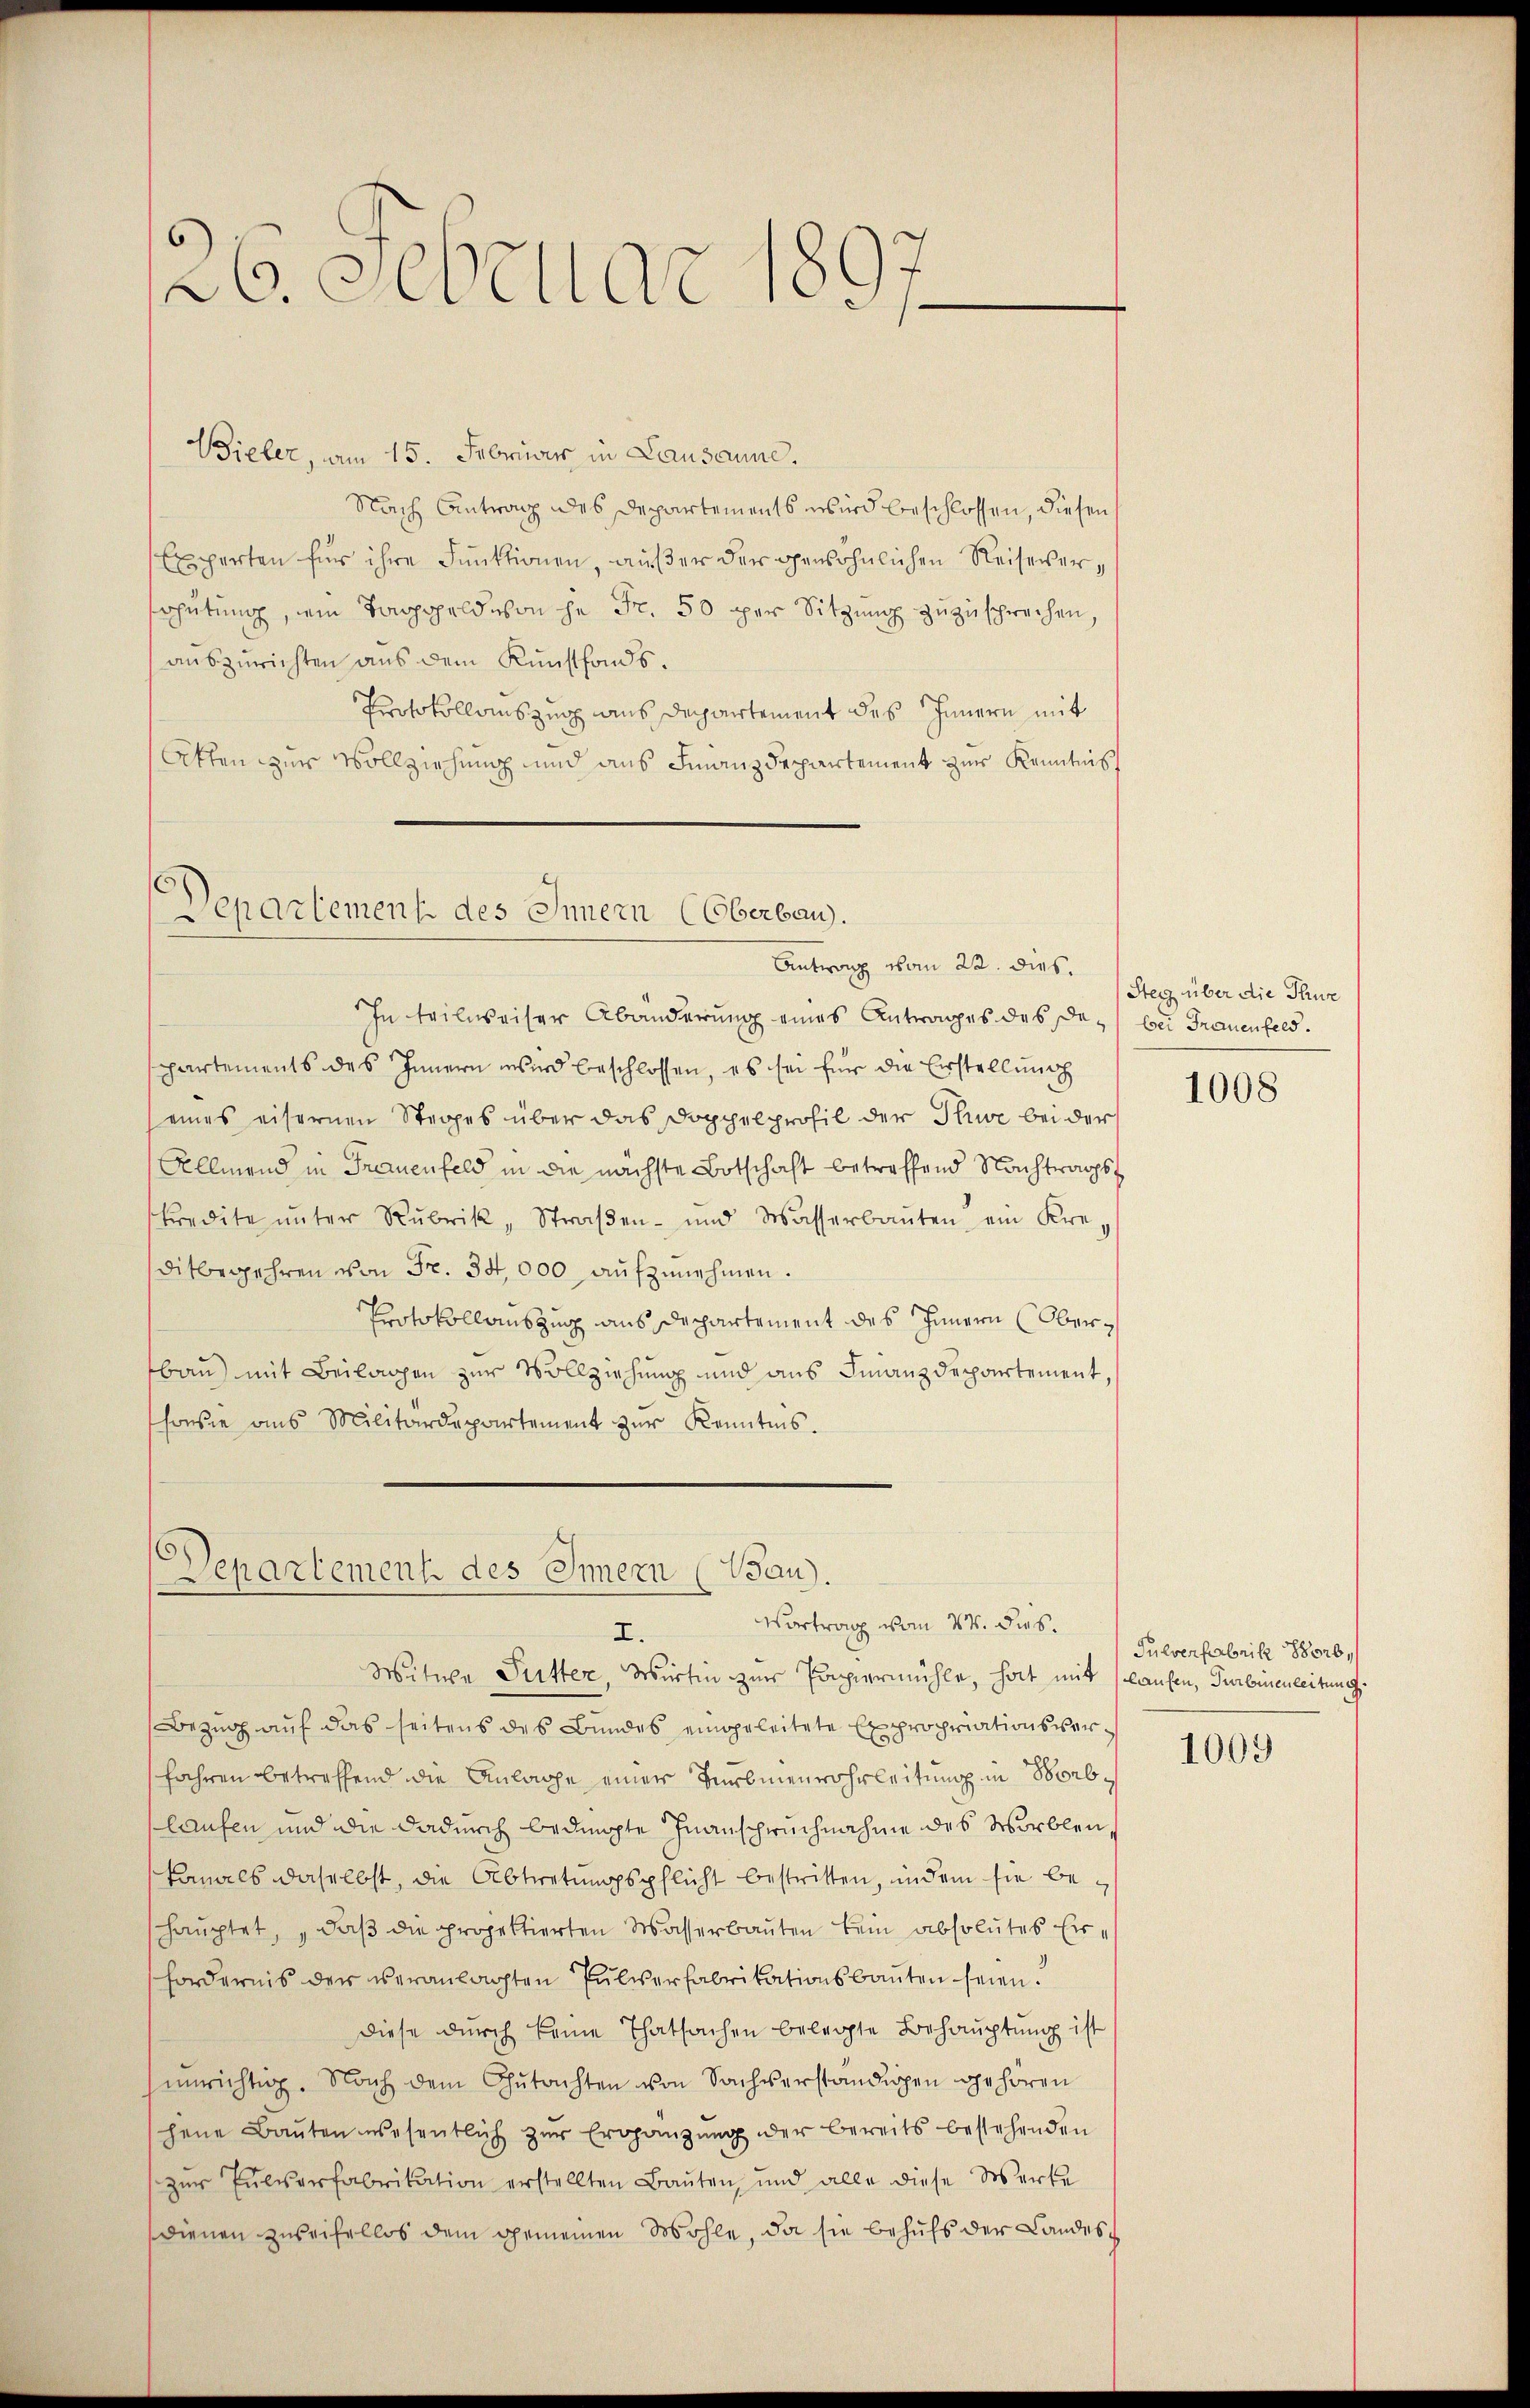
Bieler, vom 15. Februar in Lausanne.
Nach Antrag des Departements wird beschlossen, diesen
Experten für ihre Funktionen, außer der gewöhnlichen Reiseversohütung, ein Toppeld von he Fr. 50 per Sitzung zuzuschrechen,
auszurichten aus dem Kunstfonds.
Erotokollauszug aus Departement des Innern mit
Atten zur Vollziehung und aus Finanzdepartement zur Kenntnis

26. Sebellar

Departement des Innern (Oberbau.
Antwort vom 22. dies.

In teilweiser Abänderung eines Antrages des de bei Frauenfeld.
partements des Innern wird beschlossen, es sei für die Erstellung
eines eisernen Steges über das Doppelprofil der Thwe bei der
Allmend in Frauenfeld in die nächste Botschaft betreffend Nachtrags
tredite ŭnter Rubrik „Straβen- und Wasserbaŭten ein Kre-
ditbegehren von Fr. 34,000 aufzunehmen.
Protokollauszug aus Departement des Innern Oberbau) mit Beilagen zur Vollziehung und aus Finanzdepartement,
honie ans Militärdepartement zŭr Kenntnis.

Departement des Innern (Bau).
Vortrag vom 24. dies
I.

Witwe Futter, Wirtin zur Papiermühle, hat mit laufen, Turbenenleitung
Bezug auf das seitens des Bundes eingeleitete Expropriationsverfahren betreffend die Anlage einer Turbmenrohrleitung in Borblaufen und die dadurch bedeute Inanspruchnahme des Worblen
kanals daselbst, die Abtretungspflicht bestritten, indem sie behauptet, „daß die projektierten Wasserbauten kein absolutes Er¬
Fordernis der veranlagten Pulverfabrikationsbauten seien.
Diese durch keine Thatsachen belegte Behauptung ist
ŭnrichtig. Nach dem Gutachten von Sachverständigen gehören
jene Baŭten wesentlich zŭr Ergänzŭng der bereits bestehenden
zŭr Pulverfabrikation erstellten Bauten, und alle diese Werke
dienen zureifellos dem gemeinen Wohle, da sie behufs der Landes¬

Steg über die Thur

1008

Pulverfabrik Horb,

1009